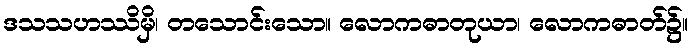
ဒသသဟဿိမှိ၊ တသောင်းသော။ လောကဓာတုယာ၊ လောကဓာတ်၌။